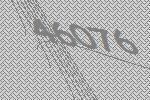
46076